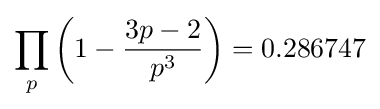
\prod _{p}\left(1-{\frac {3p-2}{p^{3}}}\right)=0.286747